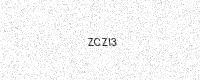
Text: ZCZI3